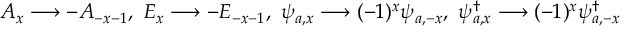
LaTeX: A _ { x } \longrightarrow - A _ { - x - 1 } , \ E _ { x } \longrightarrow - E _ { - x - 1 } , \ \psi _ { a , x } \longrightarrow ( - 1 ) ^ { x } \psi _ { a , - x } , \ \psi _ { a , x } ^ { \dag } \longrightarrow ( - 1 ) ^ { x } \psi _ { a , - x } ^ { \dag }